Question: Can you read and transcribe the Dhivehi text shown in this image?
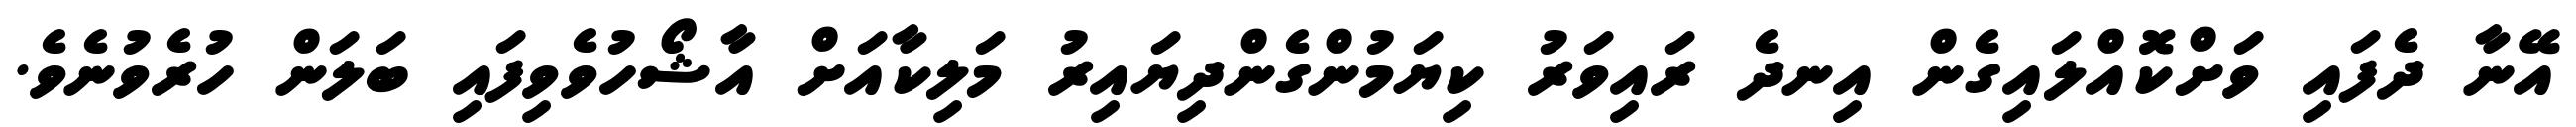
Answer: އޭނާ ދެފައި ވަށްކޮއްލައިގެން އިނދެ ރައިވަރު ކިޔަމުންގެންދިޔައިރު މަލިކާއަށް އާޝޯހުވެވިފައި ބަލަން ހުރެވުނެވެ.